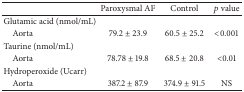
<table><thead><tr><td><b> </b></td><td><b>Paroxysmal AF </b></td><td><b>Control </b></td><td><b><i>p</i> value</b></td></tr></thead><tbody><tr><td>Glutamic acid (nmol/mL)</td><td> </td><td> </td><td> </td></tr><tr><td> Aorta</td><td>79.2 ± 23.9</td><td>60.5 ± 25.2</td><td>&lt;0.001</td></tr><tr><td>Taurine (nmol/mL)</td><td> </td><td> </td><td> </td></tr><tr><td> Aorta</td><td>78.78 ± 19.8</td><td>68.5 ± 20.8</td><td>&lt;0.01</td></tr><tr><td>Hydroperoxide (Ucarr)</td><td> </td><td> </td><td> </td></tr><tr><td> Aorta</td><td>387.2 ± 87.9</td><td>374.9 ± 91.5</td><td>NS</td></tr></tbody></table>